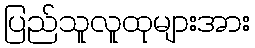
ပြည်သူလူထုများအား